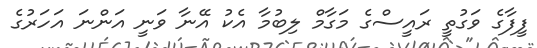
ފީފާގެ ވަގުތީ ރައީސްގެ މަގާމް ލިބުމާ އެކު އޭނާ ވަނީ އަންނަ އަހަރުގެ